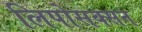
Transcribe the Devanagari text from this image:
लिपोसक्सन